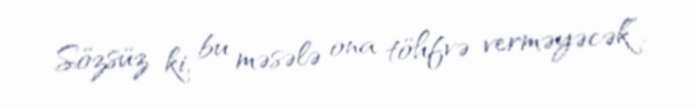
Sözsüz ki, bu məsələ ona töhfvə verməyəcək”.